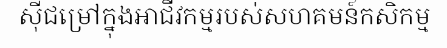
ស៊ីជម្រៅក្នុងអាជីវកម្មរបស់សហគមន៍កសិកម្ម